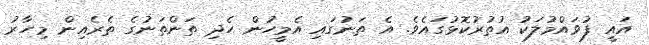
އައީ ފުވައްމުލަކު އުތުރުކޮޅުގައެވެ. އެ ތަނުގައި އެމީހުން ހެދި ތަންތަނުގެ ތެރެއިން މިހާރު